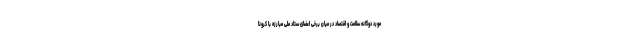
مورد دوگانه سلامت و اقتصاد در میان برخی اعضای ستاد ملی مبارزه با کرونا